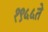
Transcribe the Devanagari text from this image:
१९५५ते